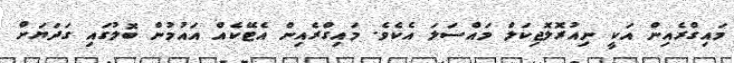
މައިގްރެއިން އަކީ ނިއުރޮލޮޖިކަލް މައްސަލަ އެކެވެ. މައިގްރެއިން އެޓޭކެއް އައުމުން ބޮލުގައި ގަދަޔަށް